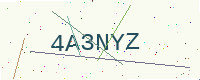
Text: 4A3NYZ